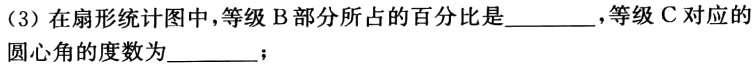
（3）在扇形统计图中，等级B部分所占的百分比是________，等级C对应的圆心角的度数为________；